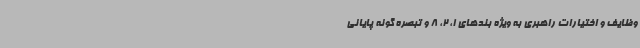
وظایف و اختیارات راهبری به ویژه بندهای 1، 2، 8 و تبصره گونه پایانی